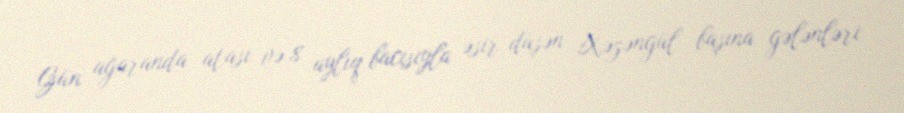
Gün ağaranda atası və 8 aylıq bacısıyla əsir düşən Xəzəngül başına gələnləri